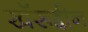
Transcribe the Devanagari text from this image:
खॅरूद्दीन